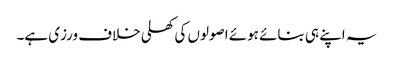
یہ اپنے ہی بنائے ہوئے اصولوں کی کھلی خلاف ورزی ہے۔